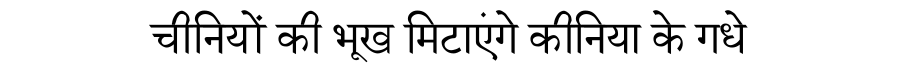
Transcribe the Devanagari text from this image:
चीनियों की भूख मिटाएंगे कीनिया के गधे